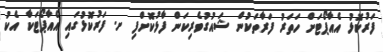
ފަރުކޮޅު އެއާޕޯޓަށް ހަތަރު ފަރާތަކުން ޝައުގުވެރިކަން ފާޅުކޮށްފި ށ. ފަރުކޮޅުގައި އެއާޕޯޓަކާ އެކު